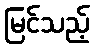
မြင်သည့်